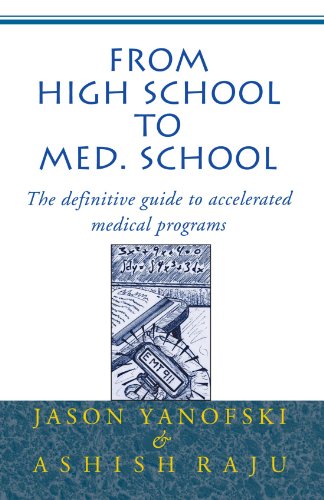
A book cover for From High School to Med. School : The definitive guide to accelerated medical programs; Jason Yanofski; Education & Teaching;